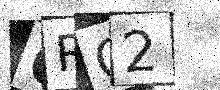
Text: QRG2